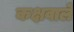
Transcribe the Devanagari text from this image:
कक्षवाले